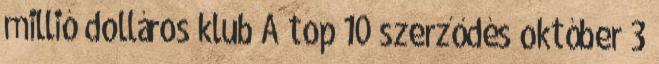
millió dolláros klub A top 10 szerződés október 3